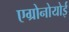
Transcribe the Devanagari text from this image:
एग्रोनोयोई